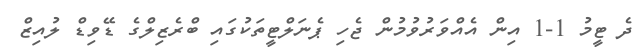
ދެ ޓީމު 1-1 އިންް އެއްވަރުވުމުން ޖެހި ޕެނަލްޓީތަކުގައި ބްރެޒިލްގެ ޑޭވިޑް ލުއިޒް